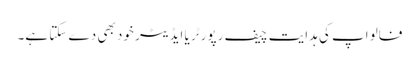
فالو اپ کی ہدایت چیف رپورٹر یا ایڈیٹر خود بھی دے سکتا ہے۔